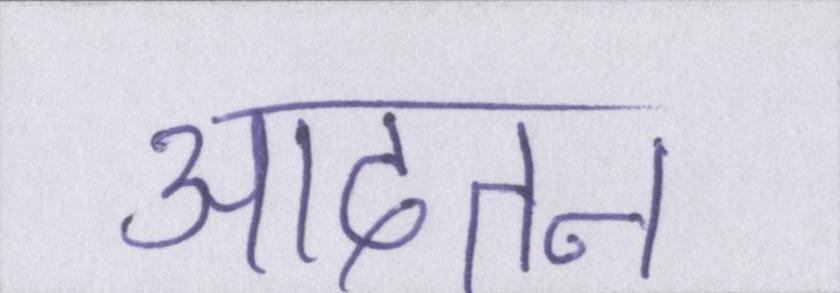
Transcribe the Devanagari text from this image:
आदतन